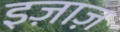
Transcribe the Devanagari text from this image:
इज़ाज़